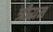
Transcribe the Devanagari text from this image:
त्रौयन